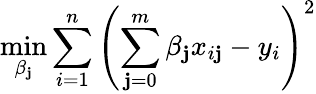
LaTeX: \operatorname*{min}_{\beta_{\mathbf{j}}}\sum_{i=1}^{n}\left(\sum_{\mathbf{j}=0}^{m}\beta_{\mathbf{j}}x_{i\mathbf{j}}-y_{i}\right)^{2}